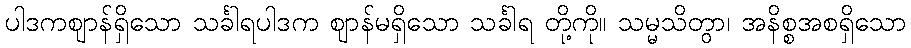
ပါဒကဈာန်ရှိသော သင်္ခါရပါဒက ဈာန်မရှိသော သင်္ခါရ တို့ကို။ သမ္မသိတွာ၊ အနိစ္စအစရှိသော